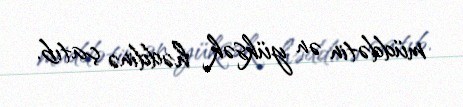
müddətin ən yüksək həddinə çatıb.